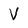
Character: V